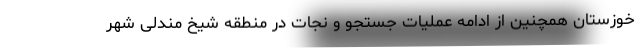
خوزستان همچنین از ادامه عملیات جستجو و نجات در منطقه شیخ مندلی شهر